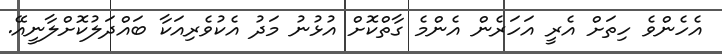
އެހެންވެ ހިތަށް އެރީ އަހަރެން އެންމެ ގާތްކޮށް އުޅުނު މަދު އެކުވެރިއަކާ ބައްދަލުކޮށްލާނީއޭ.